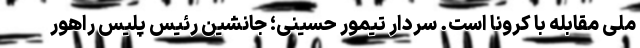
ملی مقابله با کرونا است. سردار تیمور حسینی؛ جانشین رئیس پلیس راهور